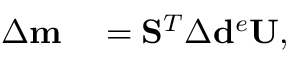
\begin{array} { r l } { \Delta \mathbf { m } } & { { } = \mathbf { S } ^ { T } \Delta \mathbf { d } ^ { e } \mathbf { U } , } \end{array}